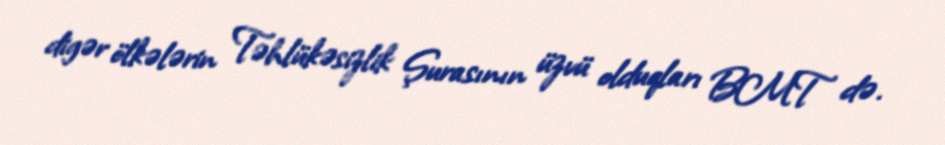
digər ölkələrin Təhlükəsizlik Şurasının üzvü olduqları BMT də.